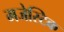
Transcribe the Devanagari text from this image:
मजेस्टिक